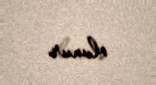
olunur.